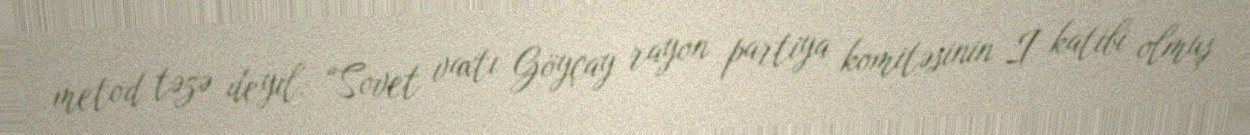
metod təzə deyil: “Sovet vaxtı Göyçay rayon partiya komitəsinin I katibi olmuş